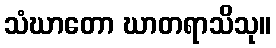
သံဃာတော ဃာတရာသိသု။